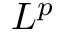
L ^ { p }